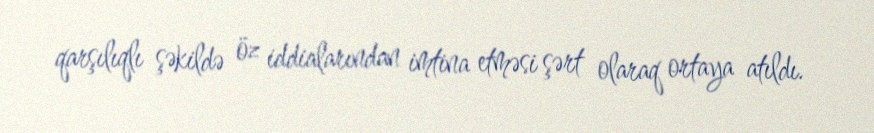
qarşılıqlı şəkildə öz iddialarından imtina etməsi şərt olaraq ortaya atıldı.